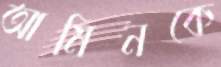
আমিনকে